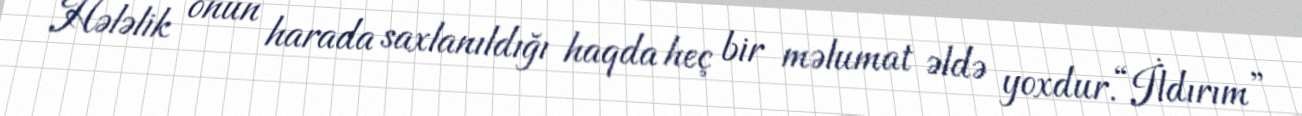
Hələlik onun harada saxlanıldığı haqda heç bir məlumat əldə yoxdur.“İldırım”